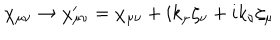
LaTeX: \chi _ { \mu \nu } \rightarrow \chi _ { \mu \nu } ^ { \prime } = \chi _ { \mu \nu } + i k _ { \mu } \zeta _ { \nu } + i k _ { \nu } \zeta _ { \mu }